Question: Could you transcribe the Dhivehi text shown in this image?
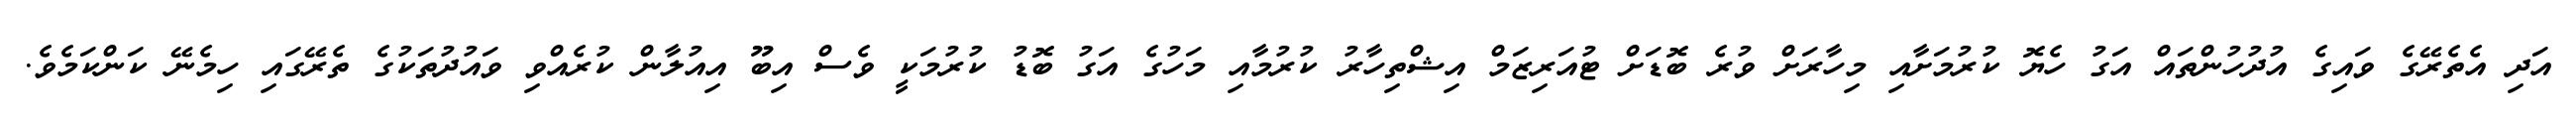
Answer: އަދި އެތެރޭގެ ވައިގެ އުދުހުންތައް އަގު ހެޔޮ ކުރުމަށާއި މިހާރަށް ވުރެ ބޮޑަށް ޓުއަރިޒަމް އިޝްތިހާރު ކުރުމާއި މަހުގެ އަގު ބޮޑު ކުރުމަކީ ވެސް އިބޫ އިއުލާން ކުރެއްވި ވައުދުތަކުގެ ތެރޭގައި ހިމެނޭ ކަންކަމެވެ.